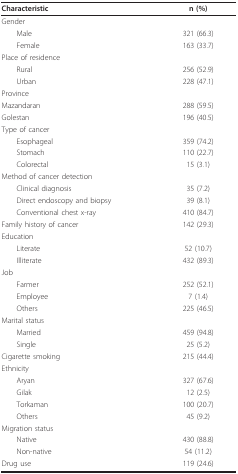
<table><thead><tr><td><b>Characteristic</b></td><td><b>n (%)</b></td></tr></thead><tbody><tr><td>Gender</td><td></td></tr><tr><td> Male</td><td>321 (66.3)</td></tr><tr><td> Female</td><td>163 (33.7)</td></tr><tr><td>Place of residence</td><td></td></tr><tr><td> Rural</td><td>256 (52.9)</td></tr><tr><td> Urban</td><td>228 (47.1)</td></tr><tr><td>Province</td><td></td></tr><tr><td>Mazandaran</td><td>288 (59.5)</td></tr><tr><td>Golestan</td><td>196 (40.5)</td></tr><tr><td>Type of cancer</td><td></td></tr><tr><td> Esophageal</td><td>359 (74.2)</td></tr><tr><td> Stomach</td><td>110 (22.7)</td></tr><tr><td> Colorectal</td><td>15 (3.1)</td></tr><tr><td>Method of cancer detection</td><td></td></tr><tr><td> Clinical diagnosis</td><td>35 (7.2)</td></tr><tr><td> Direct endoscopy and biopsy</td><td>39 (8.1)</td></tr><tr><td> Conventional chest x-ray</td><td>410 (84.7)</td></tr><tr><td>Family history of cancer</td><td>142 (29.3)</td></tr><tr><td>Education</td><td></td></tr><tr><td> Literate</td><td>52 (10.7)</td></tr><tr><td> Illiterate</td><td>432 (89.3)</td></tr><tr><td>Job</td><td></td></tr><tr><td> Farmer</td><td>252 (52.1)</td></tr><tr><td> Employee</td><td>7 (1.4)</td></tr><tr><td> Others</td><td>225 (46.5)</td></tr><tr><td>Marital status</td><td></td></tr><tr><td> Married</td><td>459 (94.8)</td></tr><tr><td> Single</td><td>25 (5.2)</td></tr><tr><td>Cigarette smoking</td><td>215 (44.4)</td></tr><tr><td>Ethnicity</td><td></td></tr><tr><td> Aryan</td><td>327 (67.6)</td></tr><tr><td> Gilak</td><td>12 (2.5)</td></tr><tr><td> Torkaman</td><td>100 (20.7)</td></tr><tr><td> Others</td><td>45 (9.2)</td></tr><tr><td>Migration status</td><td></td></tr><tr><td> Native</td><td>430 (88.8)</td></tr><tr><td> Non-native</td><td>54 (11.2)</td></tr><tr><td>Drug use</td><td>119 (24.6)</td></tr></tbody></table>